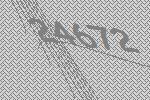
24672